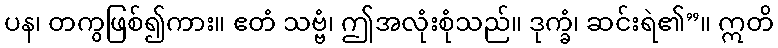
ပန၊ တကွဖြစ်၍ကား။ ဧတံ သဗ္ဗံ၊ ဤအလုံးစုံသည်။ ဒုက္ခံ၊ ဆင်းရဲ၏”။ ဣတိ